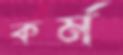
কর্ম